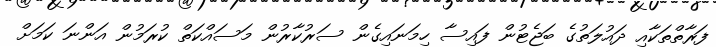
ފަރާތްތަކާއި ދައުލަތުގެ ބަޖެޓުން ފައިސާ ހިމަނައިގެން ސަރުކާރުން މަސައްކަތް ކުރަމުން އަންނަ ކަމަށް